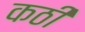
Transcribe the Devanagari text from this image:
कठी